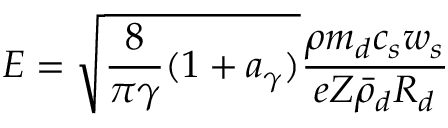
E = \sqrt { \frac { 8 } { \pi \gamma } ( 1 + a _ { \gamma } ) } \frac { \rho m _ { d } c _ { s } w _ { s } } { e Z \bar { \rho } _ { d } R _ { d } }